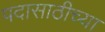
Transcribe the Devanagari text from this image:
पदासाठीच्या